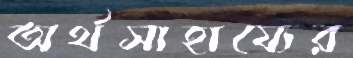
অর্থসাহায্যের